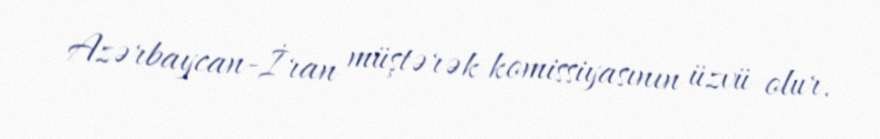
Azərbaycan-İran müştərək komissiyasının üzvü olur.